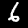
Digit: 6